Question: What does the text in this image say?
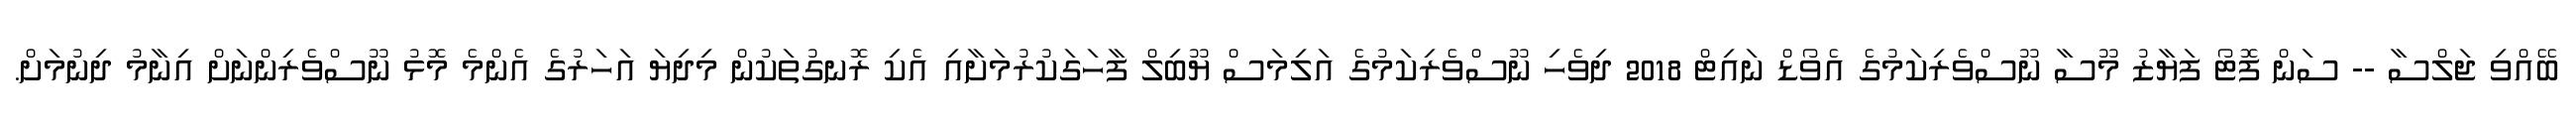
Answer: ބޭއްވި ޖަލްސާ -- ސަން ފޮޓޯ ފަޔާޒު މޫސާ ނޫސްވެރިކަމުގެ އެވޯޑް ނައިޓް 2018 ދިވެހި ނޫސްވެރިކަމުގެ އަލިމަސް ޔޫބިލް ފާހަގަކުރުމަށާއި އެކި ރޮނގުތަކުން މިދިޔަ އަހަރުގެ އެންމެ މޮޅު ނޫސްވެރިންނަށް އިނާމު ދިނުމަށް.